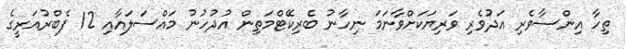
ތިހާ އިންސާވެރި އަދުވެރި ވަރިޔަކަށްވާނަމަ ނިހާނު ބެރިކޭޓްމަތިން އުދުހުނު މައްސަލައާއި 12 ފެބްރުއަރީގެ